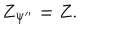
LaTeX: Z _ { \Psi ^ { \prime \prime } } = Z .